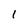
Character: 1